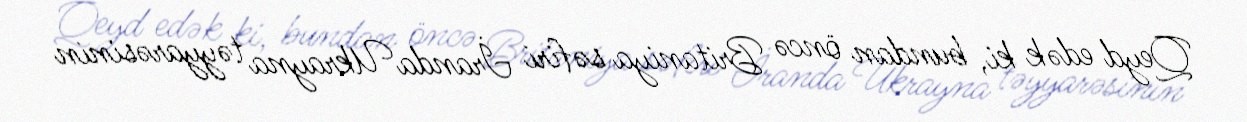
Qeyd edək ki, bundan öncə Britaniya səfiri İranda Ukrayna təyyarəsinin